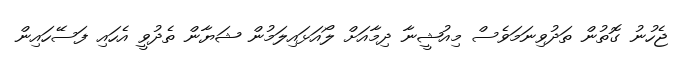
ޖެހުނު ގޮތުން ތަދުވިނަމަވެސް މިއުޝީނާ ދިމާއަށް ލޯއަޅައިލަމުން ޝަޔާން ތެދުވީ އެހައި ފަސޭހައިން